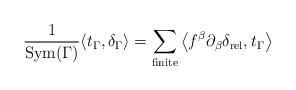
\begin{align*}\frac{1}{\textrm{Sym}(\Gamma)}\langle t_{\Gamma},\delta_{\Gamma}\rangle=\sum_{\textrm{finite}}\left<f^\beta\partial_\beta\delta_{\textrm{rel}},t_\Gamma\right>\end{align*}